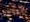
أعتقد